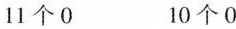
11个0 10个0